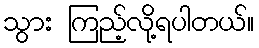
သွား ကြည့်လို့ရပါတယ်။